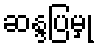
ဆန္ဒပြမှု